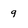
Character: 9